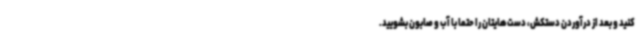
کنید و بعد از درآوردن دستکش، دست‌هایتان را حتما با آب و صابون بشویید.